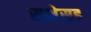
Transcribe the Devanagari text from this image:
सभेसह